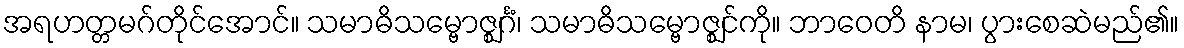
အရဟတ္တမဂ်တိုင်အောင်။ သမာဓိသမ္ဗောဇ္ဈင်္ဂံ၊ သမာဓိသမ္ဗောဇ္ဈင်ကို။ ဘာဝေတိ နာမ၊ ပွားစေဆဲမည်၏။